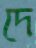
দে